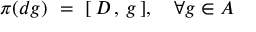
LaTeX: \pi ( d g ) \, \, = \, \, [ \, D \, , \, g \, ] , \, \, \, \, \, \, \forall g \in { \cal A }